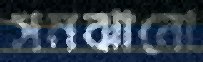
সমঝানো